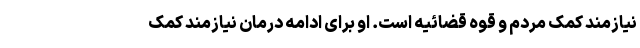
نیازمند کمک مردم و قوه قضائیه است. او برای ادامه درمان نیازمند کمک